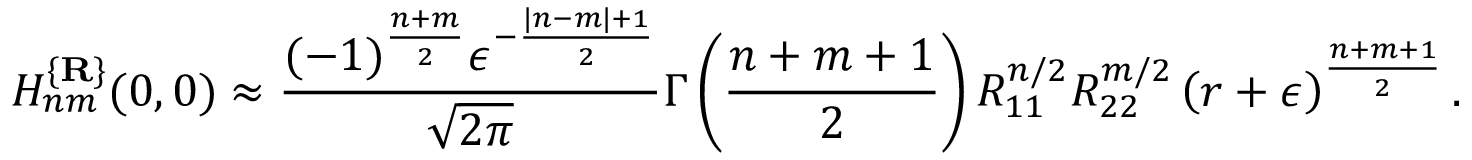
H _ { n m } ^ { \{ { \bf R } \} } ( 0 , 0 ) \approx \frac { ( - 1 ) ^ { \frac { n + m } 2 } \epsilon ^ { - \frac { | n - m | + 1 } 2 } } { \sqrt { 2 \pi } } \Gamma \left( \frac { n + m + 1 } 2 \right) R _ { 1 1 } ^ { n / 2 } R _ { 2 2 } ^ { m / 2 } \left( r + \epsilon \right) ^ { \frac { n + m + 1 } 2 } .